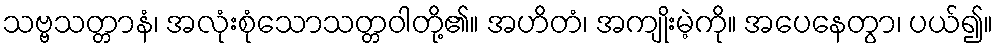
သဗ္ဗသတ္တာနံ၊ အလုံးစုံသောသတ္တဝါတို့၏။ အဟိတံ၊ အကျိုးမဲ့ကို။ အပေနေတွာ၊ ပယ်၍။